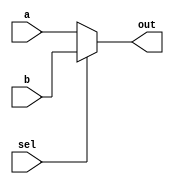
`timescale 1ns/100ps

module Mux21_32bit(sel, a, b, out);
  input sel;
  input [31:0] a, b;
  output [31:0] out;
  
  assign out = (sel == 0) ? a : b;
endmodule